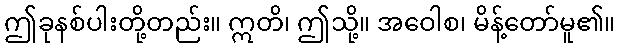
ဤခုနစ်ပါးတို့တည်း။ ဣတိ၊ ဤသို့။ အဝေါစ၊ မိန့်တော်မူ၏။